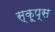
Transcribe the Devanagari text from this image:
स्कूप्स